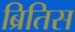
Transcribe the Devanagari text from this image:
ब्रितिस